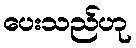
ပေးသည်ဟု